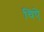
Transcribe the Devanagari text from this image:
चिऐ